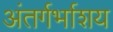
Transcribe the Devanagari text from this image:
अंतर्गर्भाशय